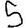
Digit: 5